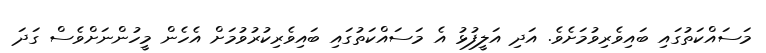
މަސައްކަތުގައި ބައިވެރިވުމަށެވެ. އަދި އަލީފުޅު އެ މަސައްކަތުގައި ބައިވެރިކުރުވުމަށް އެހެން މީހުންނަށްވެސް ގަދަ